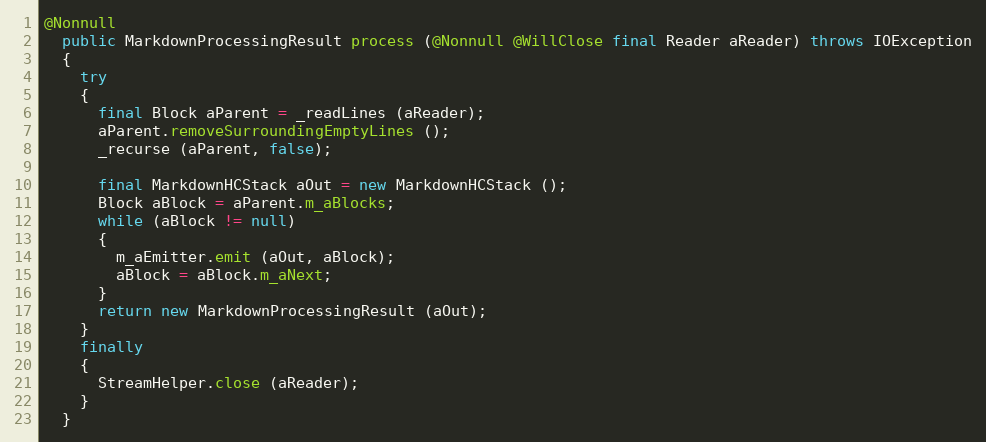
Language: Java
@Nonnull
  public MarkdownProcessingResult process (@Nonnull @WillClose final Reader aReader) throws IOException
  {
    try
    {
      final Block aParent = _readLines (aReader);
      aParent.removeSurroundingEmptyLines ();
      _recurse (aParent, false);

      final MarkdownHCStack aOut = new MarkdownHCStack ();
      Block aBlock = aParent.m_aBlocks;
      while (aBlock != null)
      {
        m_aEmitter.emit (aOut, aBlock);
        aBlock = aBlock.m_aNext;
      }
      return new MarkdownProcessingResult (aOut);
    }
    finally
    {
      StreamHelper.close (aReader);
    }
  }